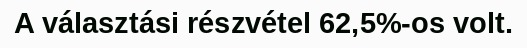
A választási részvétel 62,5%-os volt.